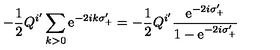
- \frac { 1 } { 2 } Q ^ { i ^ { \prime } } \sum _ { k > 0 } \mathrm { e } ^ { - 2 i k \sigma _ { + } ^ { \prime } } = - \frac { 1 } { 2 } Q ^ { i ^ { \prime } } \frac { \mathrm { e } ^ { - 2 i \sigma _ { + } ^ { \prime } } } { 1 - \mathrm { e } ^ { - 2 i \sigma _ { + } ^ { \prime } } }